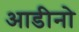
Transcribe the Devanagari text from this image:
आडीनो